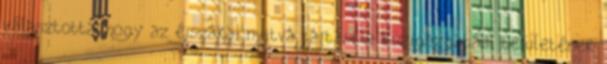
választotta, hogy az éjszakai nyitva tartást a közigazgatási területének